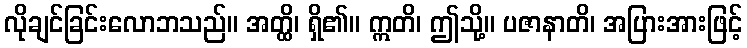
လိုချင်ခြင်းလောဘသည်။ အတ္ထိ၊ ရှိ၏။ ဣတိ၊ ဤသို့။ ပဇာနာတိ၊ အပြားအားဖြင့်